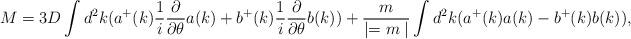
LaTeX: \begin{align*}M=3D\int d^2k(a^+(k){1\over i}{\partial \over {\partial \theta }}a(k)+b^+(k){1\over i}{\partial \over {\partial \theta }}b(k))+{m\over {\mid =m\mid }}\int d^2k(a^+(k)a(k)-b^+(k)b(k)),\end{align*}